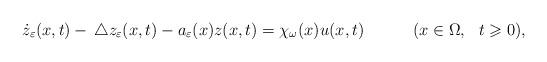
LaTeX: \begin{align*}\dot z_\varepsilon(x,t)-\, \triangle z_\varepsilon(x,t)-a_\varepsilon(x)z(x,t)=\chi_\omega(x) u(x,t) \quad\qquad(x\in \Omega,\ \ t\geqslant 0),\end{align*}